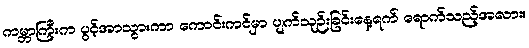
ကမ္ဘာကြီးက ပွင့်အာသွားကာ ကောင်းကင်မှာ ပျက်သုဉ်းခြင်းနေ့ရက် ရောက်သည့်အလား။